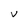
Character: V